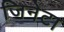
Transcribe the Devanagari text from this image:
जिनेटा